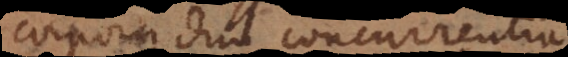
corpora duo concurrentia